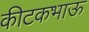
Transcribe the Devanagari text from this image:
कीटकभाऊ